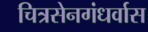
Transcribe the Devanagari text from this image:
चित्रसेनगंधर्वास